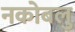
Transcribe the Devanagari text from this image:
नकोबलु